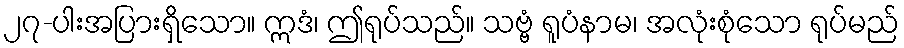
၂၇-ပါးအပြားရှိသော။ ဣဒံ၊ ဤရုပ်သည်။ သဗ္ဗံ ရူပံနာမ၊ အလုံးစုံသော ရုပ်မည်